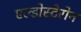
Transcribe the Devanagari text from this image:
एल्डोस्टेरोन